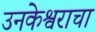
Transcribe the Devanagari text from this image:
उनकेश्वराचा